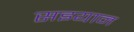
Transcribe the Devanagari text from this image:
सइयान